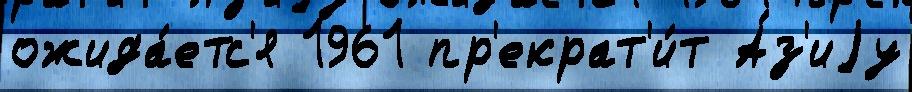
ожида́етс'я 1961 пр'екрат'и́т А́з'иjу